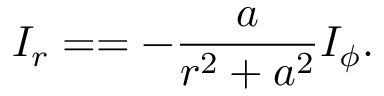
I _ { r } = = - \frac a { r ^ { 2 } + a ^ { 2 } } I _ { \phi } .